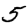
Digit: 5